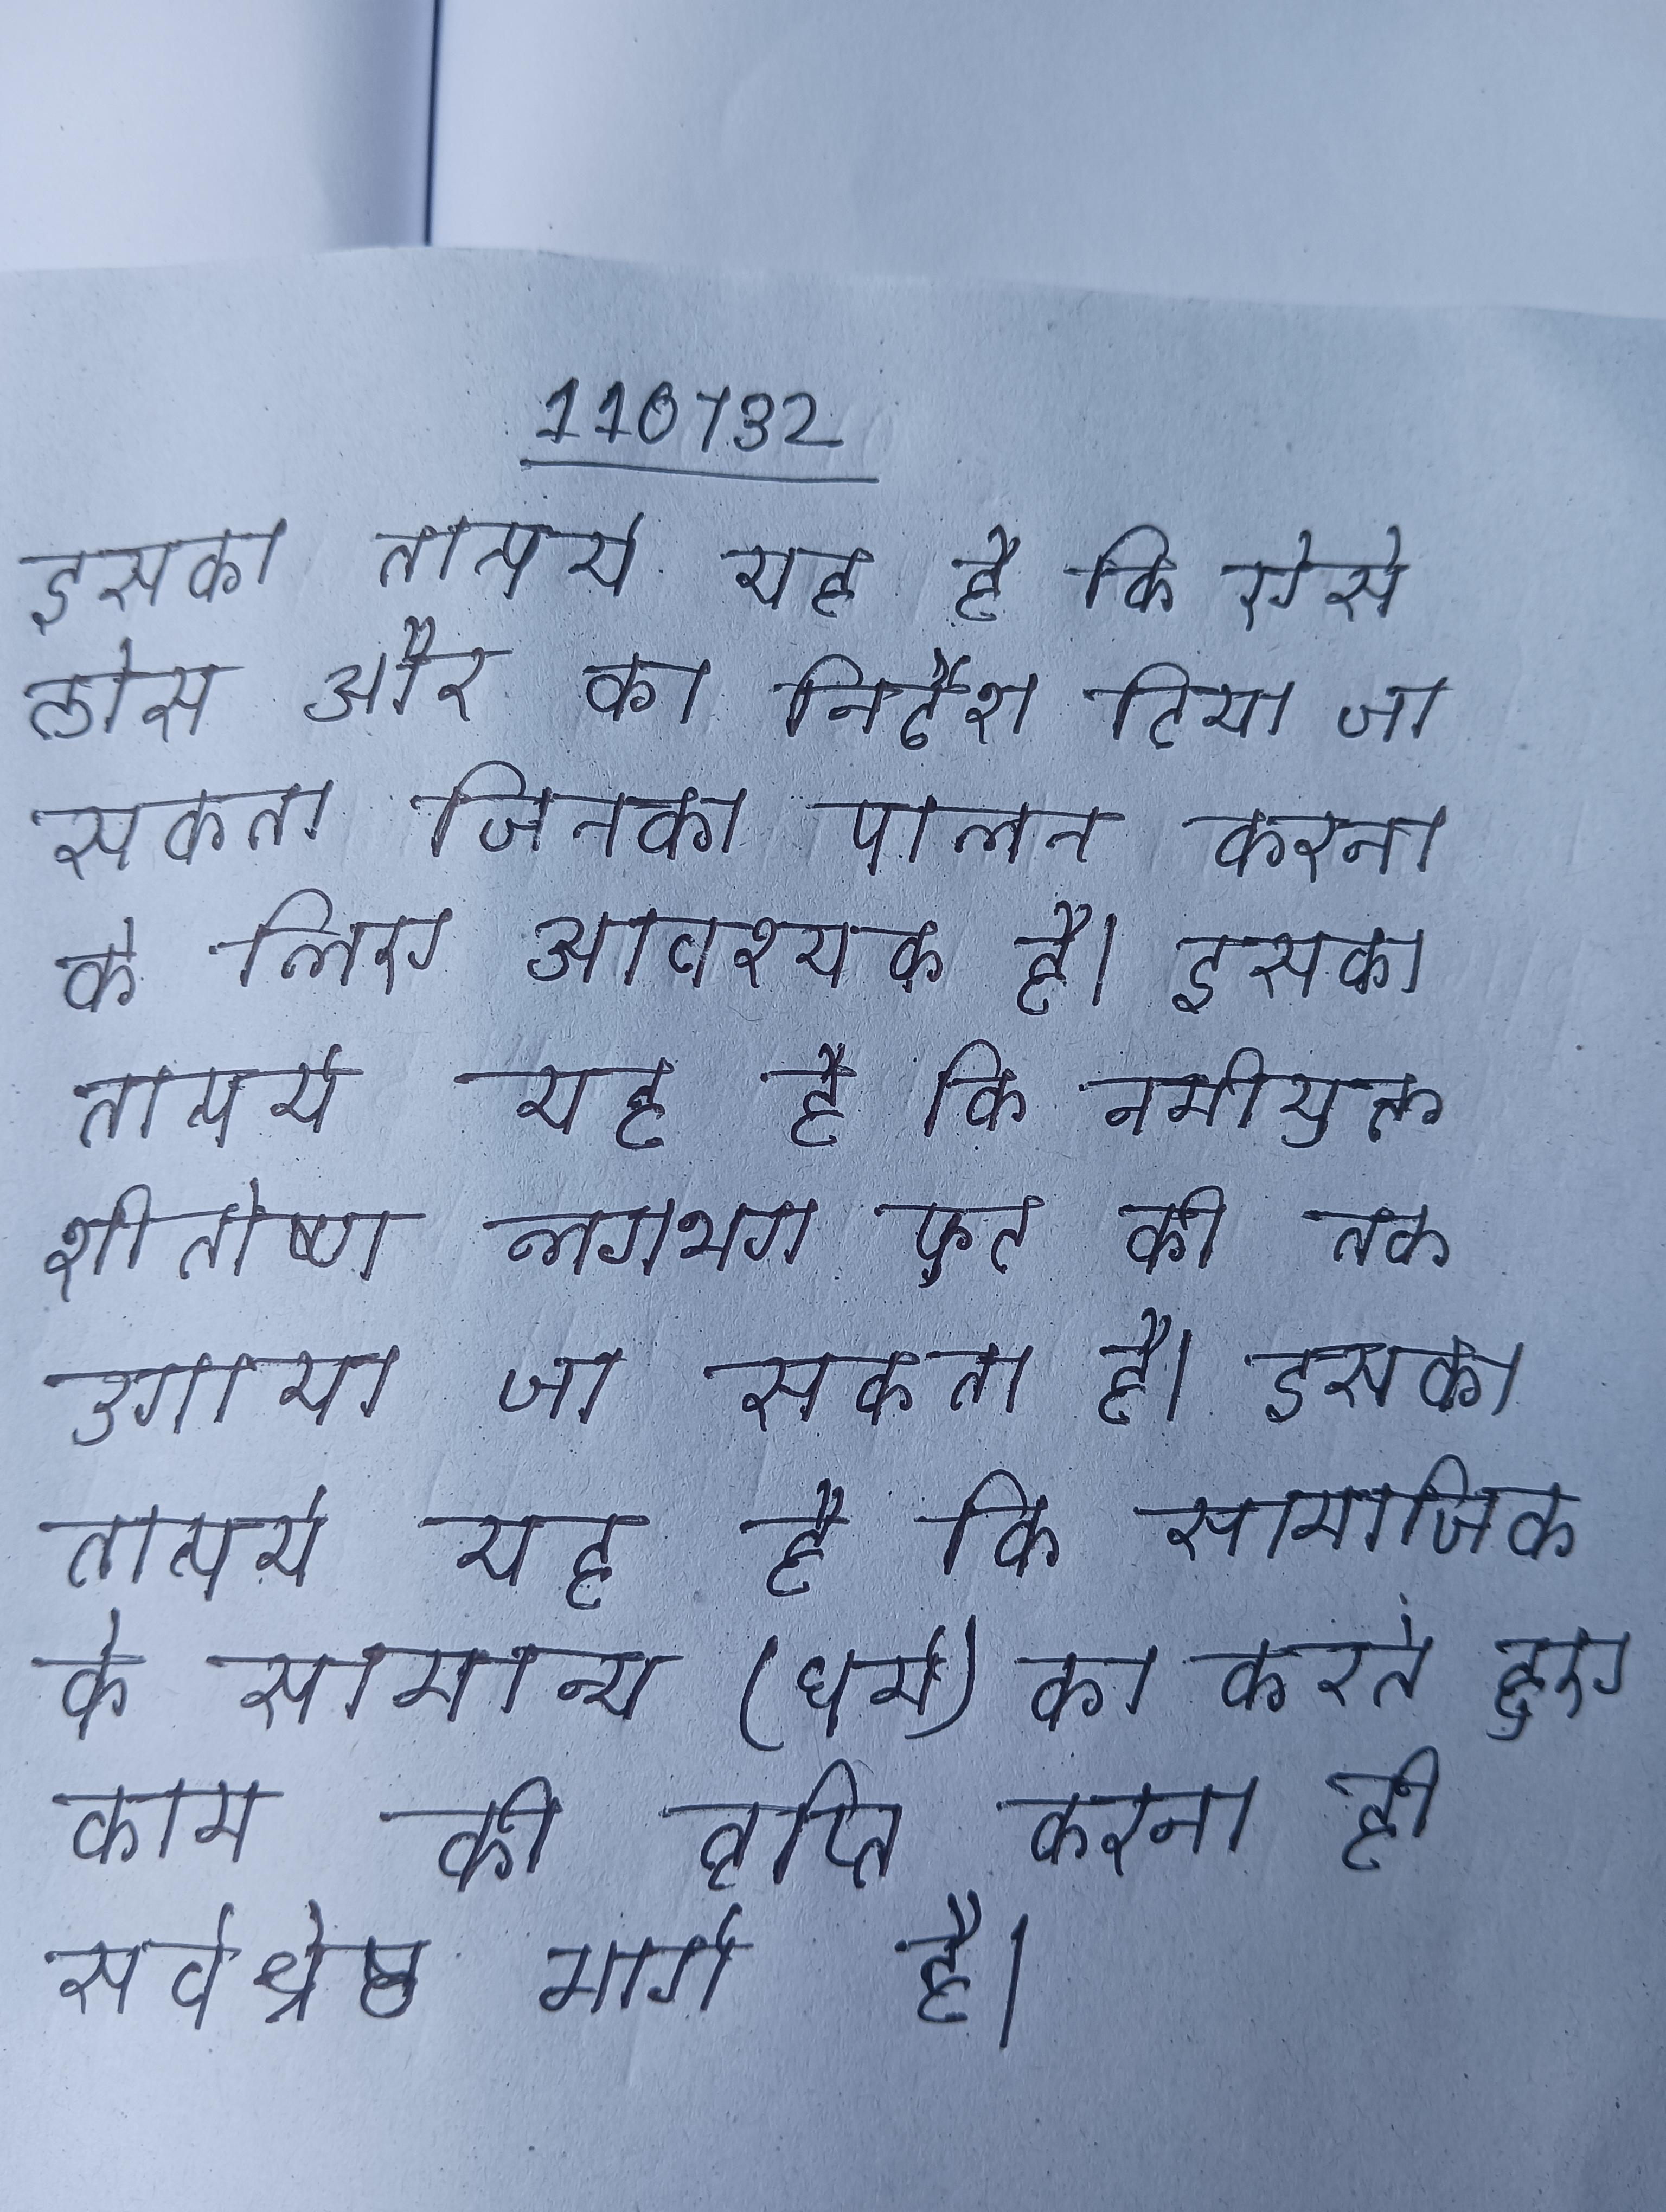
इसका तात्पर्य यह है कि ऐसे ठोस और का निर्देश दिया जा सकता जिनका पालन करना के लिए आवश्यक है । इसका तात्पर्य यह है कि नमीयुक्त शीतोष्ण लगभग फुट की तक उगाया जा सकता है । इसका तात्पर्य यह है कि सामाजिक के सामान्य (धर्म) का करते हुए काम की तृप्ति करना ही सर्वश्रेष्ठ मार्ग है ।